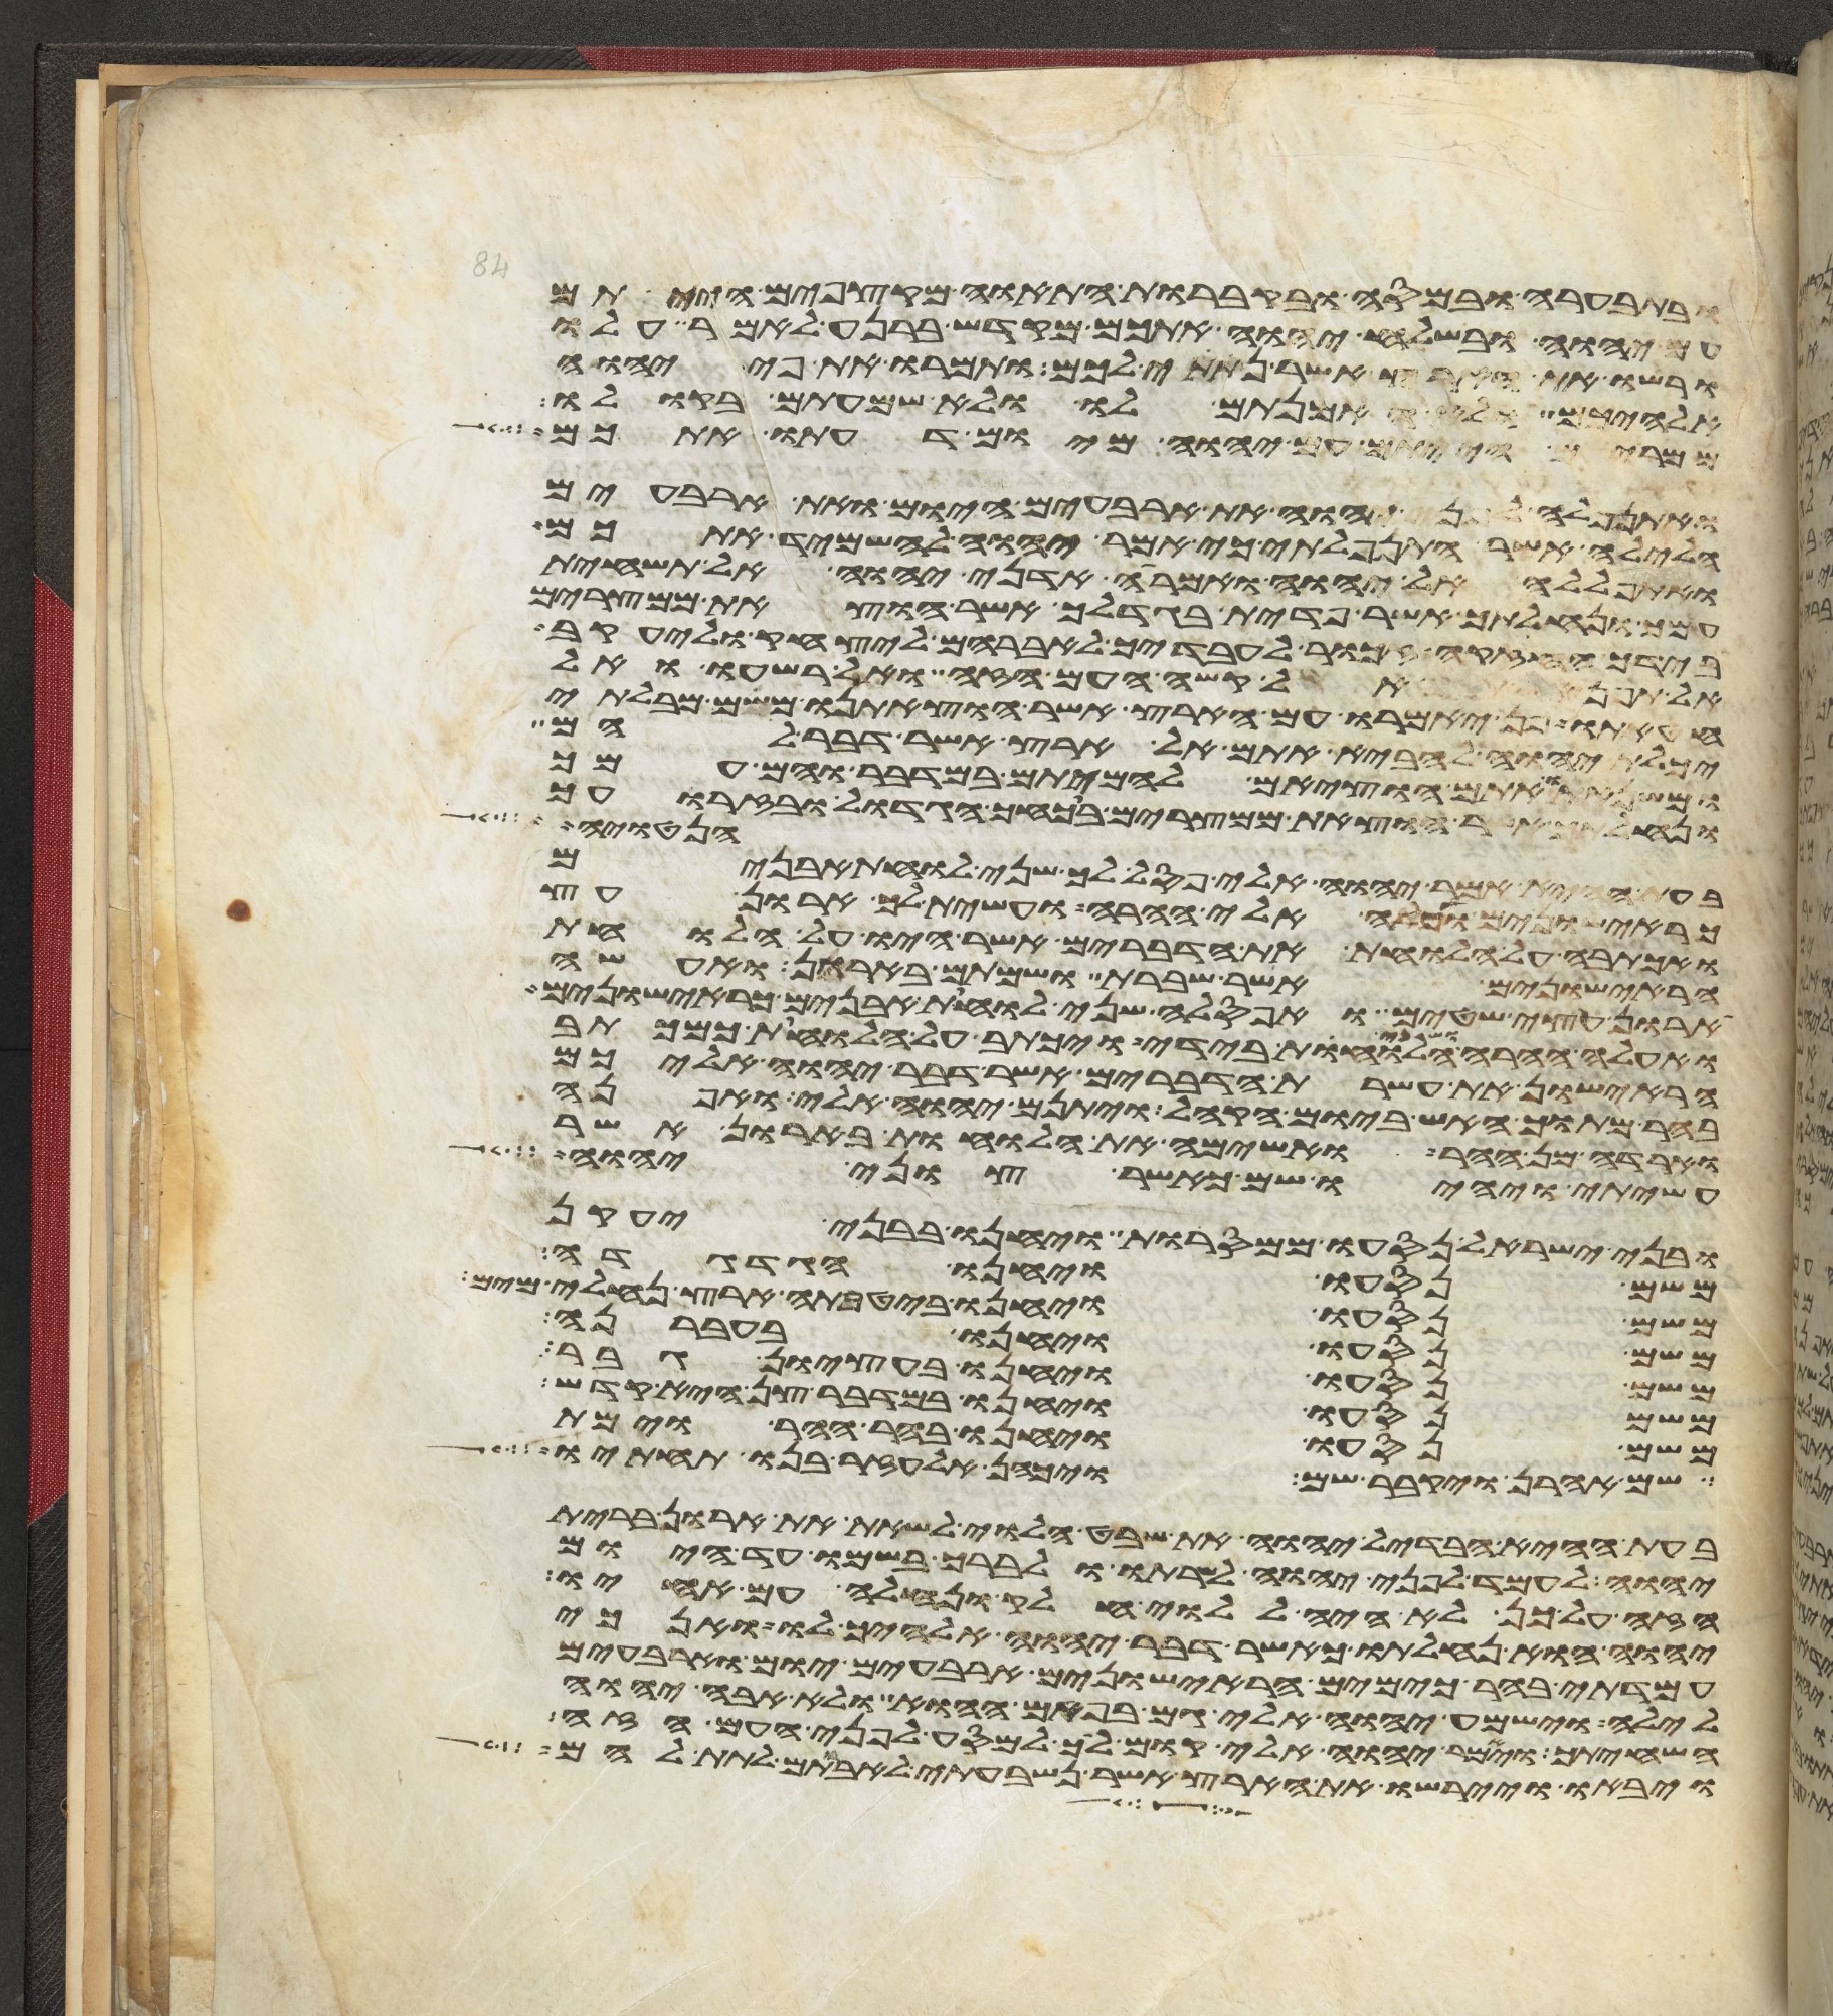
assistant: ובתבערה ובמסה ובקברות התאוה מקצפים הייתם
יהוה ובשלח יהוה אתכם מקדש ברנע לאמר עלו
ורשו את הארץ אשר נתתי לכם ותמרו את פי יהוה
אלהיכם ולא האמנתם לו ולא שמעתם בקולו
ממרים הייתם עם יהוה מיום דעתו אתכם
ואתנפלה לפני יהוה את ארבעים היום ואת ארבעים
הלילה אשר התנפלתי כי אמר יהוה להשמיד אתכם
ואתפללה אל יהוה ואמרה אדני יהוה אל תשחית
עמך ונחלתך אשר פדית בגדלך אשר הוצאת ממצרים
בידך החזקה זכור לעבדיך לאברהם ליצחק וליעקב
אל תפן אל קשה העם הזה ואל רשעו ואל
חטאתו פן יאמרו עם הארץ אשר הוצאתנו משם מבלתי
יכלת יהוה להביא אתם אל הארץ אשר דבר להם
ומשנאתו אתם הוציאם להמיתם במדבר והם עמך
ונחלתך אשר הוצאת ממצרים בכחך הגדול ובזרועך
הנטויה
בעת ההיא אמר יהוה אלי פסל לך שני לוחת אבנים
כראישונים ועלה אלי ההרה ועשית לך ארון עץ
ואכתבה על הלוחות את הדברים אשר היו על הלוחות
הראישונים אשר שברת ושמתם בארון ואעשה
ארון עצי שטים ואפסלה שני לוחת אבנים כראישונים
ואעלה ההרה ושני הלוחות בידי ויכתב על הלוחות כמכתב
הראישון את עשרת הדברים אשר דבר יהוה עליכם
בהר מתוך האש ביום הקהל ויתנם יהוה אלי ואפנה
וארדה מן ההר ואשימה את הלוחות בארון אשר
עשיתי ויהיו שם כאשר צוני יהוה
ובני ישראל נסעו ממסרות ויחנו בבני יעקן
משם נסעו ויחנו הגדגדה
משם נסעו ויחנו ביטבתה ארץ נחלי מים
משם נסעו ויחנו בעברנה
משם נסעו ויחנו בעציון גבר
משם נסעו ויחנו במדבר צן היא קדש
משם נסעו ויחנו בהר ההר וימת
שם אהרן ויקבר שם ויכהן אלעזר בנו תחתיו
בעת ההיא הבדיל יהוה את שבט הלוי לשאת את ארון ברית
יהוה לעמד לפני יהוה לשרתו ולברך בשמו עד היום
הזה על כן לא היה ללוי חלק ונחלה עם אחיו
יהוה הוא נחלתו כאשר דבר יהוה אלהיך לו ואנכי
עמדתי בהר כימים הראישונים ארבעים יום וארבעים
לילה וישמע יהוה אלי גם בפעם ההוא ולא אבה יהוה
השחיתך ויאמר יהוה אלי קום לך למסע לפני העם הזה
ויבאו ויירשו את הארץ אשר נשבעתי לאבותם לתת להם